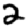
Digit: 2